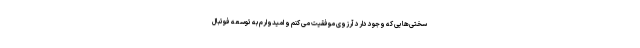
سختی‌هایی که وجود دارد آرزوی موفقیت می کنم و امیدوارم به توسعه فوتبال